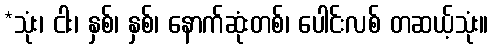
*သုံး၊ ငါး၊ နှစ်၊ နှစ်၊ နောက်ဆုံးတစ်၊ ပေါင်းလစ် တဆယ့်သုံး။